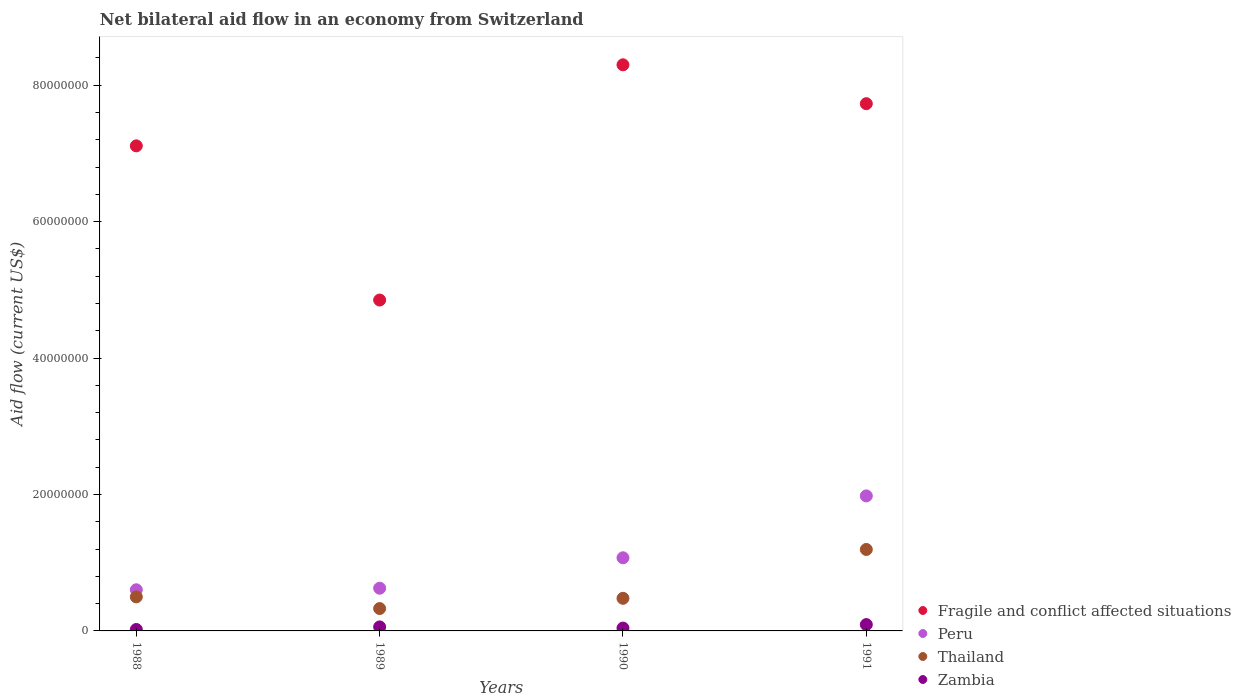
| Years | Fragile and conflict affected situations | Peru | Thailand | Zambia |
 | --- | --- | --- | --- | --- |
 | 1988 | 7.11e+07 | 6.03e+06 | 4.99e+06 | 2.1e+05 |
 | 1989 | 4.85e+07 | 6.26e+06 | 3.28e+06 | 5.9e+05 |
 | 1990 | 8.3e+07 | 1.07e+07 | 4.78e+06 | 4.2e+05 |
 | 1991 | 7.73e+07 | 1.98e+07 | 1.19e+07 | 9.3e+05 |